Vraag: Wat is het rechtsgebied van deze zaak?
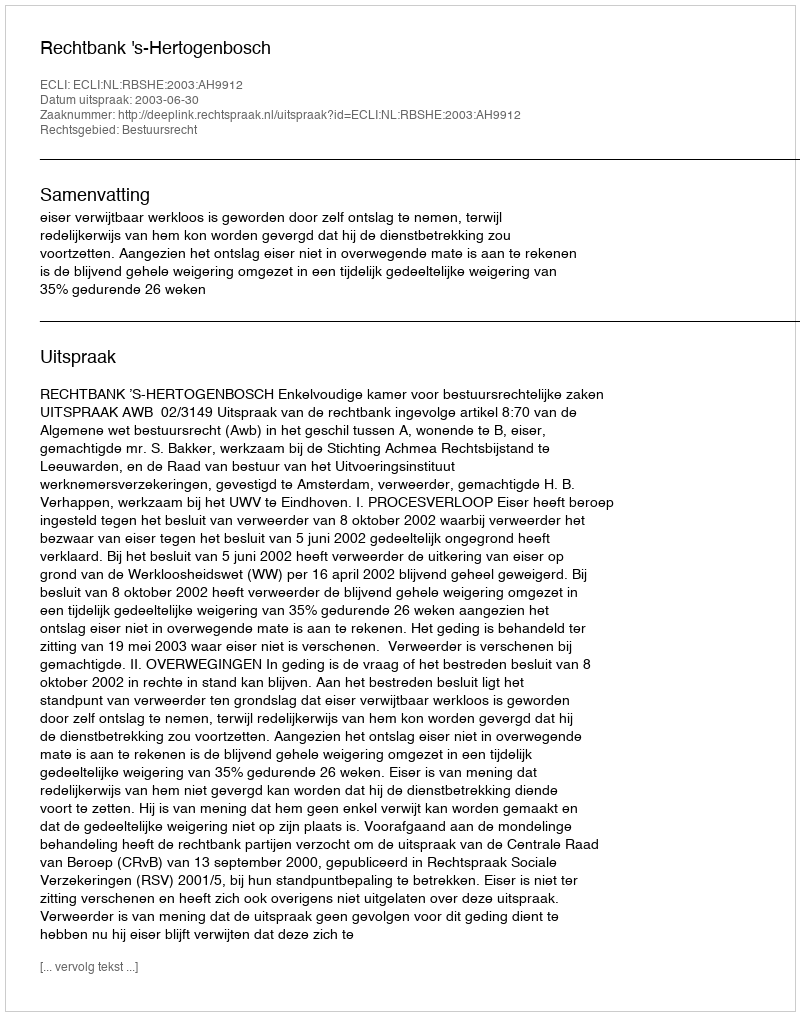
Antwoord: Bestuursrecht